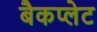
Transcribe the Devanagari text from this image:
बैकप्लेट